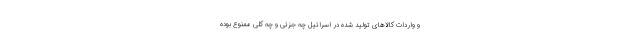
و واردات کالاهای تولید شده در اسرائیل چه جزئی و چه کلی ممنوع بوده